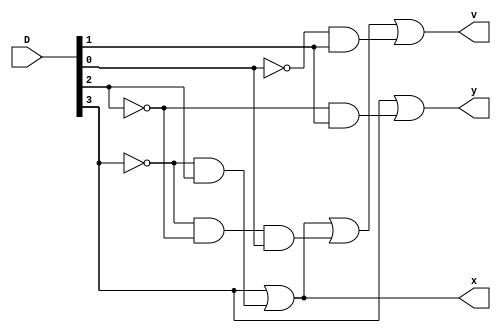
`timescale 1ns / 1ps
//////////////////////////////////////////////////////////////////////////////////
// Company: 
// Engineer: 
// 
// Design Name: 
// Module Name: Priority_Encoder
// Project Name: 
// Target Devices: 
// Tool Versions: 
// Description: 
// 
// Dependencies: 
// 
// Revision:
// Revision 0.01 - File Created
// Additional Comments:
// 
//////////////////////////////////////////////////////////////////////////////////


module Priority_Encoder(D,x,y,v

    );
    input [3:0] D;
output x,y,v;

assign x= D[3] || ( (~D[3])&&D[2] );
assign y= D[3] || ( (~D[2])&&D[1] );
assign v= D[3] || ( (~D[3])&&D[2] ) || ( (~D[3])&&(~D[2])&&D[0] )|| ( (~D[0])&&D[1] ) ;

endmodule